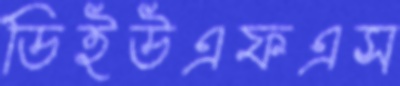
ডিইউএফএস